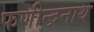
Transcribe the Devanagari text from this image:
फणीन्द्रनाथ